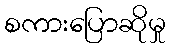
စကားပြောဆိုမှု